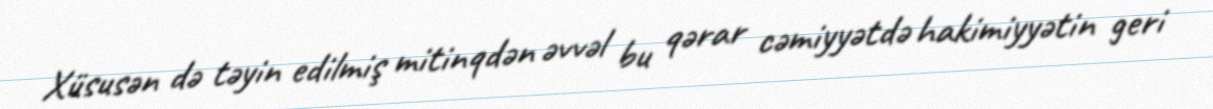
Xüsusən də təyin edilmiş mitinqdən əvvəl bu qərar cəmiyyətdə hakimiyyətin geri